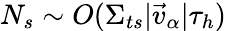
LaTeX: N_{s}\sim O(\Sigma_{ts}|\vec{v}_{\alpha}|\tau_{h})